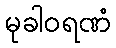
မုခါဝရဏံ